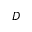
D